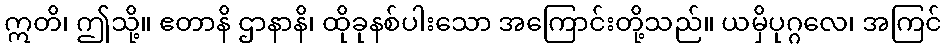
ဣတိ၊ ဤသို့။ ဧတာနိ ဌာနာနိ၊ ထိုခုနစ်ပါးသော အကြောင်းတို့သည်။ ယမှိပုဂ္ဂလေ၊ အကြင်